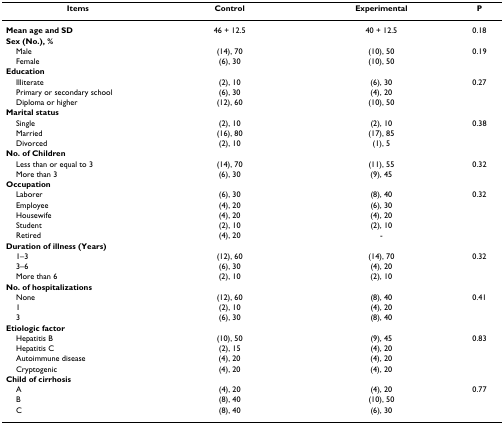
<table><thead><tr><td><b>Items</b></td><td><b>Control</b></td><td><b>Experimental</b></td><td><b>P</b></td></tr></thead><tbody><tr><td><b>Mean age and SD</b></td><td>46 + 12.5</td><td>40 + 12.5</td><td>0.18</td></tr><tr><td><b>Sex (No.), %</b></td><td></td><td></td><td></td></tr><tr><td> Male</td><td>(14), 70</td><td>(10), 50</td><td>0.19</td></tr><tr><td> Female</td><td>(6), 30</td><td>(10), 50</td><td></td></tr><tr><td><b>Education</b></td><td></td><td></td><td></td></tr><tr><td> Illiterate</td><td>(2), 10</td><td>(6), 30</td><td>0.27</td></tr><tr><td> Primary or secondary school</td><td>(6), 30</td><td>(4), 20</td><td></td></tr><tr><td> Diploma or higher</td><td>(12), 60</td><td>(10), 50</td><td></td></tr><tr><td><b>Marital status</b></td><td></td><td></td><td></td></tr><tr><td> Single</td><td>(2), 10</td><td>(2), 10</td><td>0.38</td></tr><tr><td> Married</td><td>(16), 80</td><td>(17), 85</td><td></td></tr><tr><td> Divorced</td><td>(2), 10</td><td>(1), 5</td><td></td></tr><tr><td><b>No. of Children</b></td><td></td><td></td><td></td></tr><tr><td> Less than or equal to 3</td><td>(14), 70</td><td>(11), 55</td><td>0.32</td></tr><tr><td> More than 3</td><td>(6), 30</td><td>(9), 45</td><td></td></tr><tr><td><b>Occupation</b></td><td></td><td></td><td></td></tr><tr><td> Laborer</td><td>(6), 30</td><td>(8), 40</td><td>0.32</td></tr><tr><td> Employee</td><td>(4), 20</td><td>(6), 30</td><td></td></tr><tr><td> Housewife</td><td>(4), 20</td><td>(4), 20</td><td></td></tr><tr><td> Student</td><td>(2), 10</td><td>(2), 10</td><td></td></tr><tr><td> Retired</td><td>(4), 20</td><td>-</td><td></td></tr><tr><td><b>Duration of illness (Years)</b></td><td></td><td></td><td></td></tr><tr><td> 1–3</td><td>(12), 60</td><td>(14), 70</td><td>0.32</td></tr><tr><td> 3–6</td><td>(6), 30</td><td>(4), 20</td><td></td></tr><tr><td> More than 6</td><td>(2), 10</td><td>(2), 10</td><td></td></tr><tr><td><b>No. of hospitalizations</b></td><td></td><td></td><td></td></tr><tr><td> None</td><td>(12), 60</td><td>(8), 40</td><td>0.41</td></tr><tr><td> 1</td><td>(2), 10</td><td>(4), 20</td><td></td></tr><tr><td> 3</td><td>(6), 30</td><td>(8), 40</td><td></td></tr><tr><td><b>Etiologic factor</b></td><td></td><td></td><td></td></tr><tr><td> Hepatitis B</td><td>(10), 50</td><td>(9), 45</td><td>0.83</td></tr><tr><td> Hepatitis C</td><td>(2), 15</td><td>(4), 20</td><td></td></tr><tr><td> Autoimmune disease</td><td>(4), 20</td><td>(4), 20</td><td></td></tr><tr><td> Cryptogenic</td><td>(4), 20</td><td>(4), 20</td><td></td></tr><tr><td><b>Child of cirrhosis</b></td><td></td><td></td><td></td></tr><tr><td> A</td><td>(4), 20</td><td>(4), 20</td><td>0.77</td></tr><tr><td> B</td><td>(8), 40</td><td>(10), 50</td><td></td></tr><tr><td> C</td><td>(8), 40</td><td>(6), 30</td><td></td></tr></tbody></table>